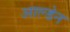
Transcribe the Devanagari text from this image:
आल्डेन